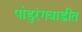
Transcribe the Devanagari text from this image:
पांडुरंगवाडीत